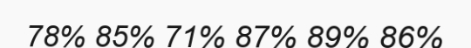
78% 85% 71% 87% 89% 86%